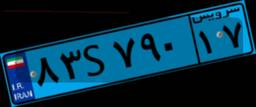
۹۳S۸۱۹۶۶